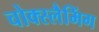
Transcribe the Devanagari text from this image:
चोक्स्लैमिंग